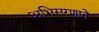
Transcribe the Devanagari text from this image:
अभिसरणाने